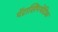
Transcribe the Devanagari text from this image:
पॅरासिंपथेटिक